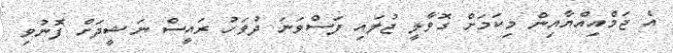
އެ ޖަމްއިއްޔާއިން މިކަމަށް ގޮވާލީ ޖުލައި ފަސްވަނަ ދުވަހު ރައީސް ނަޝީދަށް ފޮނުވި